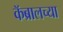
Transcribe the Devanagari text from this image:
कॅब्रालच्या